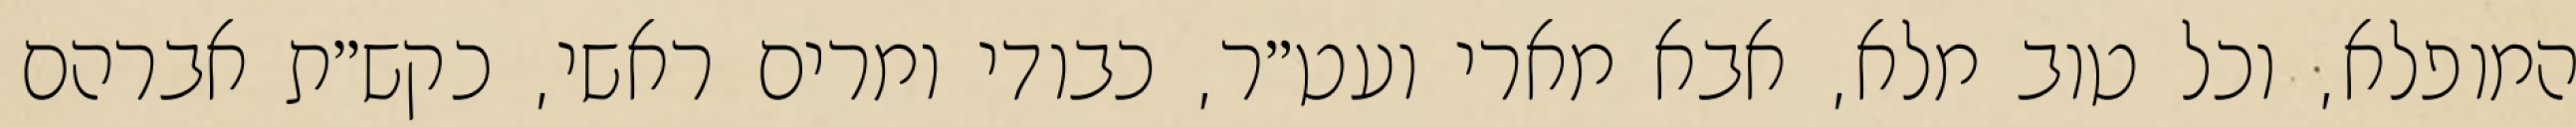
המופלא, וכל טוב מלא, אבא מארי ועט״ר, כבודי ומרים ראשי, כקש״ת אברהם